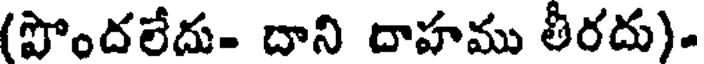
(పొందలేదు- దాని దాహము తీరదు).